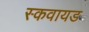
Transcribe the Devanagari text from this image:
स्कवायड